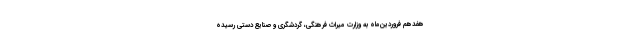
هفدهم فروردین‌ماه به وزارت میراث فرهنگی، گردشگری و صنایع دستی رسیده